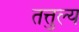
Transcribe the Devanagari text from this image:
तत्तुल्य